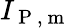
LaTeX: I_{\mathrm{~P~,~m~}}